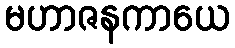
မဟာဇနကာယေ